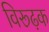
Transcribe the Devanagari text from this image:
विरूढ़क